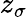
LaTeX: z_{\sigma}